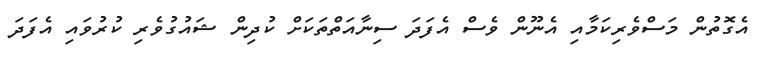
އެގޮތުން މަސްވެރިކަމާއި އެނޫން ވެސް އެފަދަ ސިނާއަތްތަކަށް ކުދިން ޝައުގުވެރި ކުރުވައި އެފަދަ